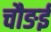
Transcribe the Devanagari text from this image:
चौङई